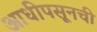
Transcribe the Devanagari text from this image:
आधीपसूनची